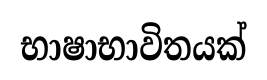
භාෂාභාවිතයක්